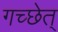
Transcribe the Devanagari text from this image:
गच्छेत्